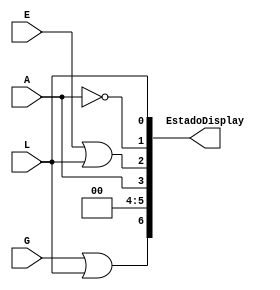
module estadodisplay(E, G, A, L, EstadoDisplay);
	input E, G, A, L;
	output [6:0] EstadoDisplay;
	
	assign EstadoDisplay[0] = L;
	not(EstadoDisplay[1], A);
	or(EstadoDisplay[2], E, L);
	assign EstadoDisplay[3] = A;
	assign EstadoDisplay[4] = 0;
	assign EstadoDisplay[5] = 0;
	or(EstadoDisplay[6], G, L);



endmodule